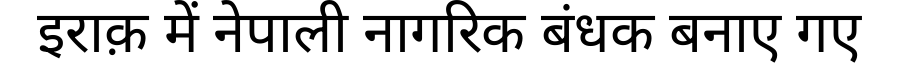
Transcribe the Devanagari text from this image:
इराक़ में नेपाली नागरिक बंधक बनाए गए